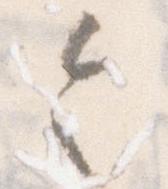
令